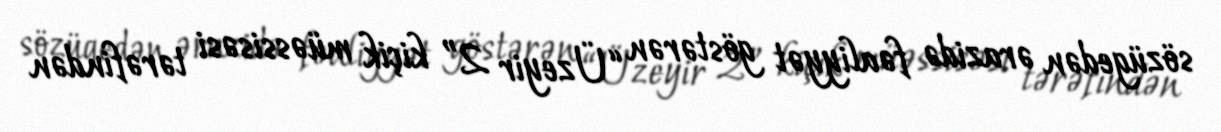
sözügedən ərazidə fəaliyyət göstərən “Üzeyir 2” kiçik müəssisəsi tərəfindən